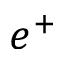
e ^ { + }